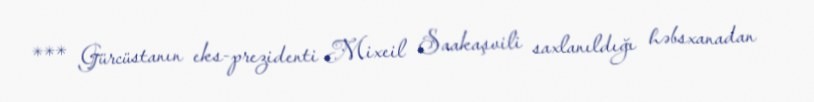
*** Gürcüstanın eks-prezidenti Mixeil Saakaşvili saxlanıldığı həbsxanadan